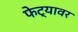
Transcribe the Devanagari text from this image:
फेट्यावर